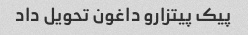
پیک پیتزارو داغون تحویل داد